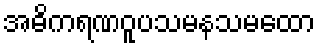
အဓိကရဏဝူပသမနသမထော